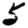
Digit: 5